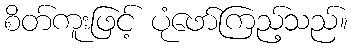
စိတ်ကူးဖြင့် ပုံဖော်ကြည့်သည်။